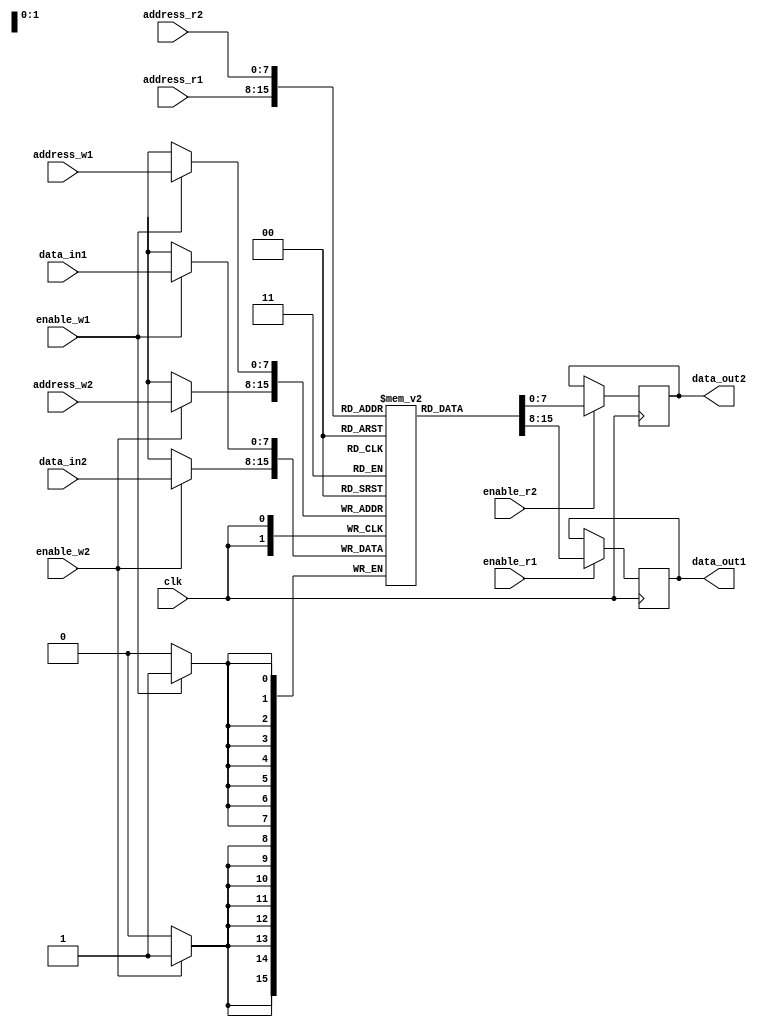
module dual_port_register_file (
    input [7:0] address_r1, // address for read port 1
    input [7:0] address_r2, // address for read port 2
    input [7:0] address_w1, // address for write port 1
    input [7:0] address_w2, // address for write port 2
    input [7:0] data_in1, // input data for write port 1
    input [7:0] data_in2, // input data for write port 2
    input clk, // clock signal
    input enable_r1, // enable signal for read port 1
    input enable_r2, // enable signal for read port 2
    input enable_w1, // enable signal for write port 1
    input enable_w2, // enable signal for write port 2
    output reg [7:0] data_out1, // output data for read port 1
    output reg [7:0] data_out2 // output data for read port 2
);

reg [7:0] mem [0:255]; // dual-port register file memory structure

always @(posedge clk) begin
    if(enable_w1) begin
        mem[address_w1] <= data_in1;
    end
    if(enable_w2) begin
        mem[address_w2] <= data_in2;
    end
end

always @(posedge clk) begin
    if(enable_r1) begin
        data_out1 <= mem[address_r1];
    end
    if(enable_r2) begin
        data_out2 <= mem[address_r2];
    end
end

endmodule